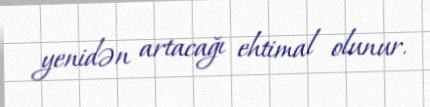
yenidən artacağı ehtimal olunur.